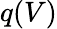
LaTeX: q(V)